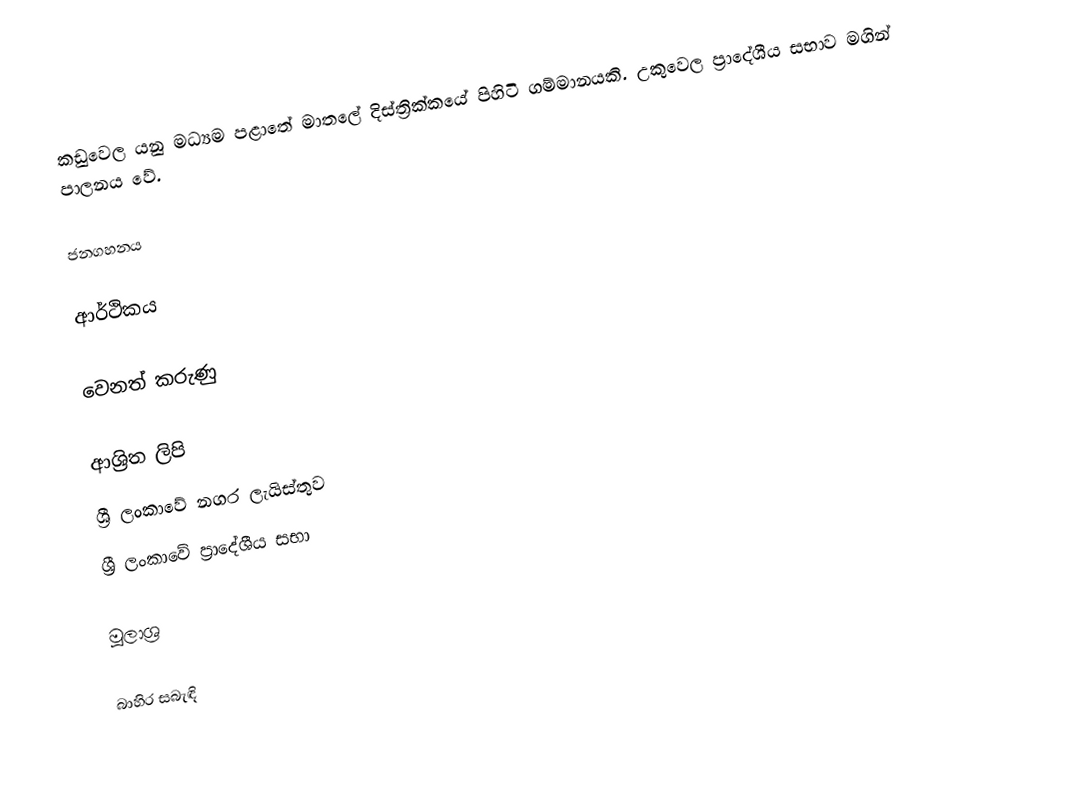
කඩුවෙල යනු මධ්‍යම පළාතේ මාතලේ දිස්ත්‍රික්කයේ පිහිටි  ගම්මානයකි. උකුවෙල ප්‍රාදේශීය සභාව මගින් පාලනය වේ.

ජනගහනය

ආර්ථිකය

වෙනත් කරුණු

ආශ්‍රිත ලිපි
 ශ්‍රී ලංකාවේ නගර ලැයිස්තුව
 ශ්‍රී ලංකාවේ ප්‍රාදේශීය සභා

මූලාශ්‍ර

බාහිර සබැඳි